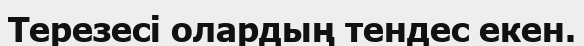
Терезесі олардың тендес екен.